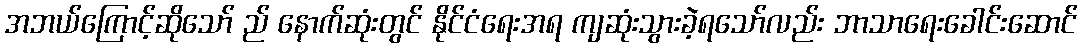
အဘယ်ကြောင့်ဆိုသော် ည် နောက်ဆုံးတွင် နိုင်ငံရေးအရ ကျဆုံးသွားခဲ့ရသော်လည်း ဘာသာရေးခေါင်းဆောင်